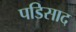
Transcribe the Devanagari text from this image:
पडिसाद